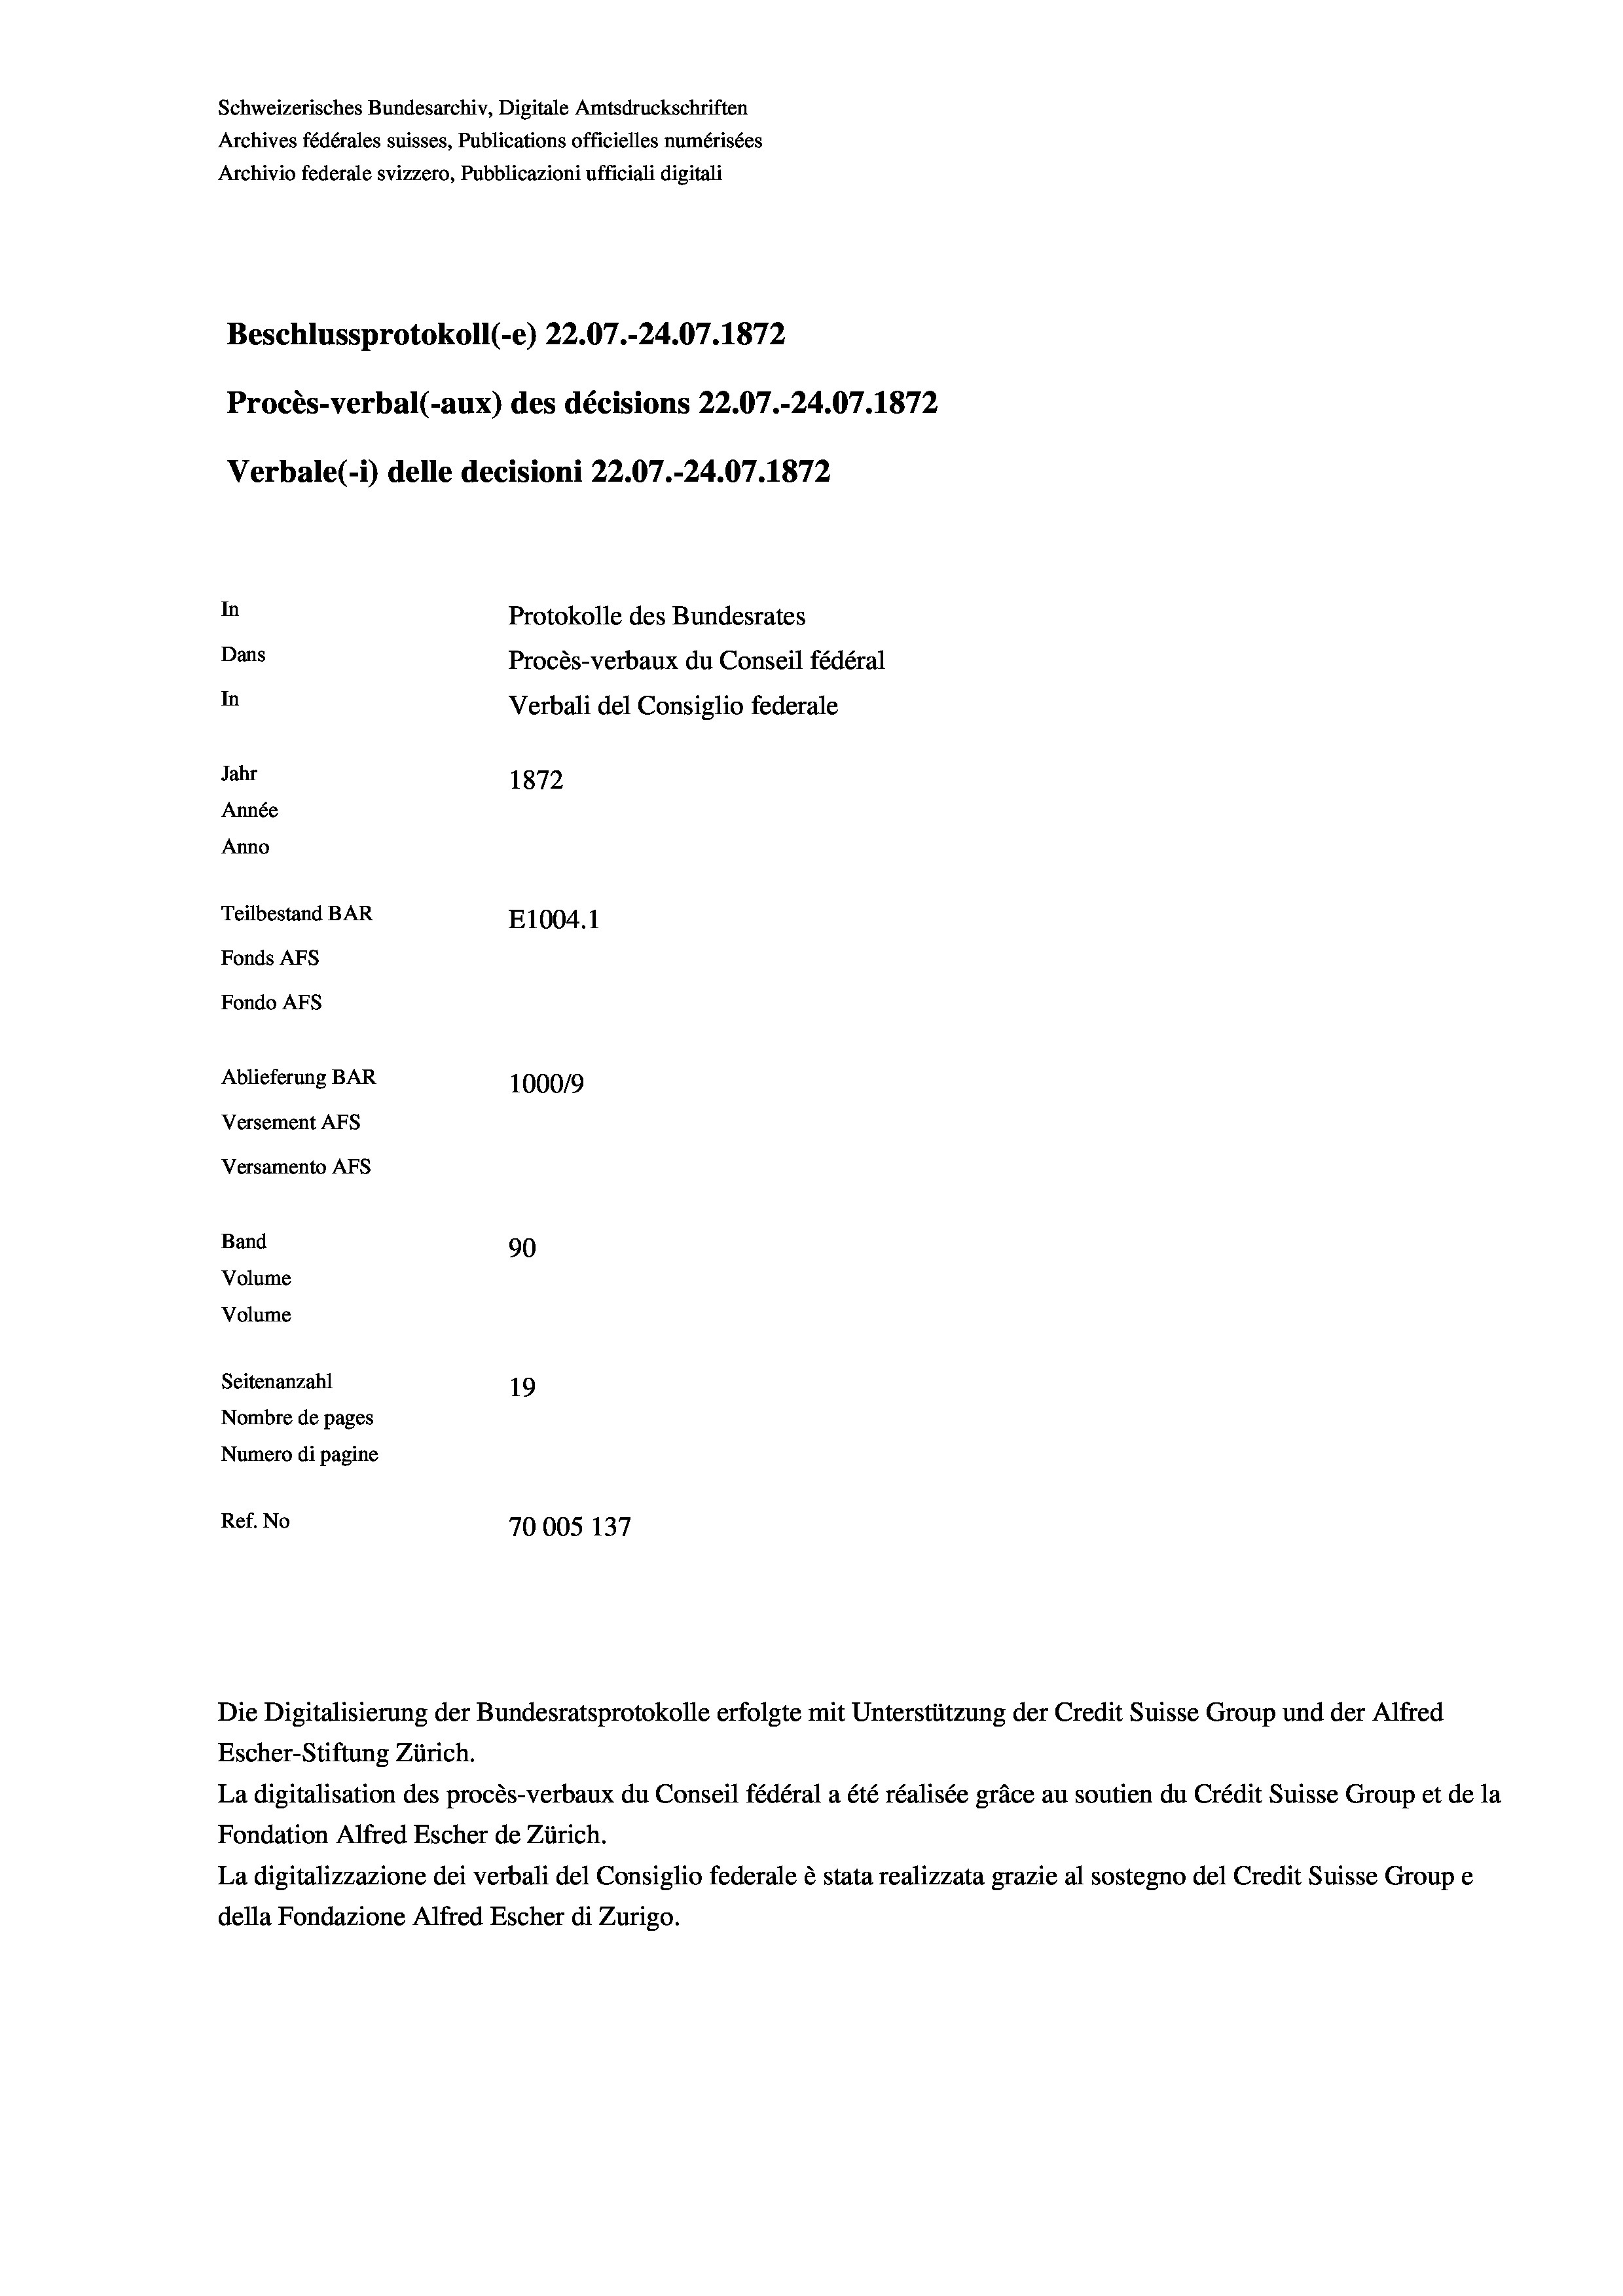
Schweizerisches Bundesarchiv, Digitale Amtsdruckschriften
Archives fédérales suisses, Publications officielles numérisées
Archivio federale svizzero, Pubblicazioni ufficiali digitali
Beschlussprotokoll (-e) 22.07.-24.07. 1872
Procès-verbal (-aux) des décisions 22.07.-24.07. 1872
Verbale (- 1) delle decisioni 22.07.-24.07. 1872
In
Protokolle des Bundesrates
Dans
Procès-verbaux du Conseil fédéral
In
Verbali del Consiglio federale
Jahr
1872
Année
Anno
Teilbestand BAR
E1004. 1
Fonds AFs
Fondo AFS
Ablieferung BAR
100019
Versement AFs
Versamento AFs

Band
Volume
Volume

90
Seitenanzahl
19
Nombre de pages
Numero di pagine
Ref. No
70005 137

Escher-Stiftung Zürich.
La digitalisation des procès-verbaux du Conseil fédéral a été réalisée gräce au soutien du Crédit Suisse Group et de la
Fondation Alfred Escher de Zürich.
La digitalizzazione dei verbali del Consiglio federale è stata realizzata grazie al sostegno del Credit Suisse Groupe
della Fondazione Alfred Escher di Zurigo.

Die Digitalisierung der Bundesratsprotokolle erfolgte mit Unterstützung der Credit Suisse Group und der Alfred